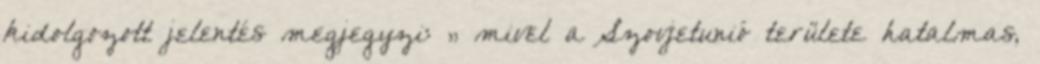
kidolgozott jelentés megjegyzi: „ mivel a Szovjetunió területe hatalmas,